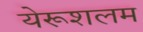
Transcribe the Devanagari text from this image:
येरूशलम